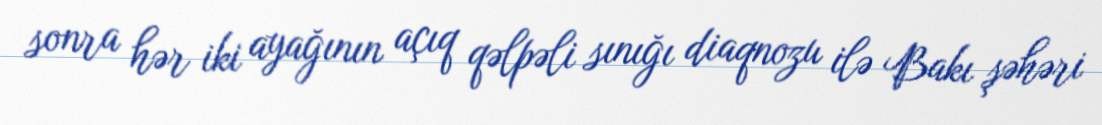
sonra hər iki ayağının açıq qəlpəli sınığı diaqnozu ilə Bakı şəhəri